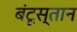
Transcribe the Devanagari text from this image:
बंटूस्तान